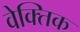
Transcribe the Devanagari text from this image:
वेक्तिक